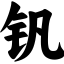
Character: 钒